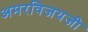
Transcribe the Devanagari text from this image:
अमरविजयजी